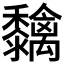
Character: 𮮓